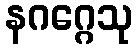
နဂဂ္ဂေသု